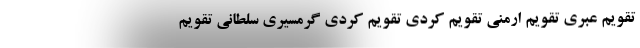
تقویم عبری تقویم ارمنی تقویم کردی تقویم کردی گرمسیری سلطانی تقویم